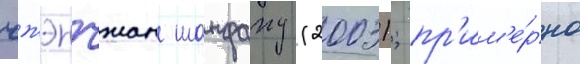
чжэнчжан шанфану (2003); пр'им'е́рно